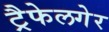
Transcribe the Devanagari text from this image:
ट्रैफेलगेर